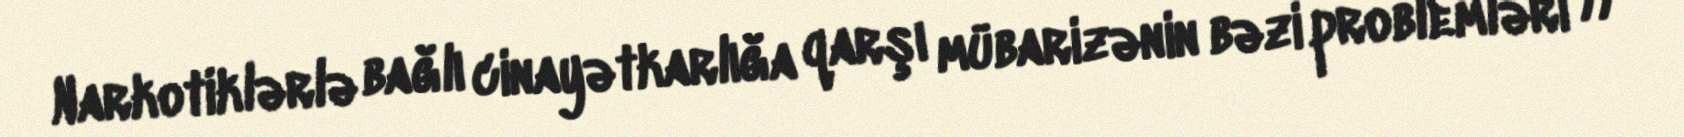
Narkotiklərlə bağlı cinayətkarlığa qarşı mübarizənin bəzi problemləri //